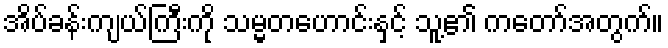
အိပ်ခန်းကျယ်ကြီးကို သမ္မတဟောင်းနှင့် သူ့၏ ကတော်အတွက်။